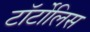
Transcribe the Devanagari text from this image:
टॉर्टोलिस